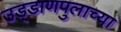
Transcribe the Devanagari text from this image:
उड्डाणपुलाच्या